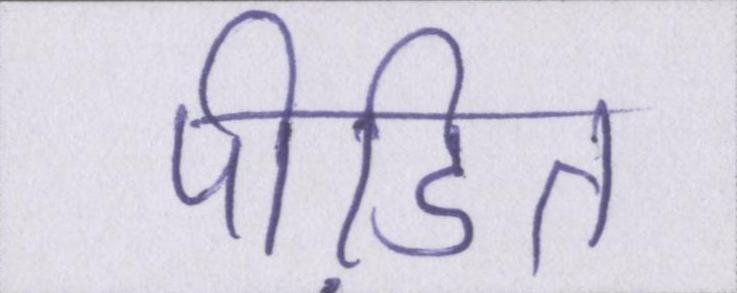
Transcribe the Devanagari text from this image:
पीडि़त